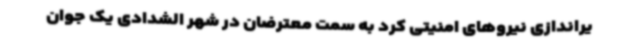
یراندازی نیروهای امنیتی کرد به سمت معترضان در شهر الشدادی یک جوان